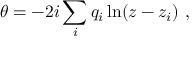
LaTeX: \theta = - 2 i \sum _ { i } q _ { i } \ln ( z - z _ { i } ) \ ,